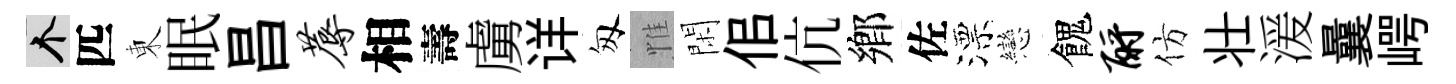
个匹東眠昌蓐相壽虜详匆惟閑佀伉鄉佐漂戀餽酹仿壮湲曩崿